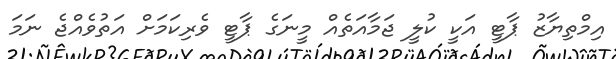
އިމްތިޔާޒު ޕާޓީ އަކީ ކުލީ ޖަމާއަތެއް މީނަގެ ޕާޓީ ވެރިކަމަށް އަތުވެއްޖެ ނަމަ